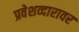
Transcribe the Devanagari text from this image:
प्रवेशव्दारावर